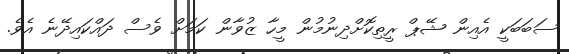
ސަބަބަކީ އެއިން ޝޭޕް ރީތިކޮށްދިނުމުން މީހާ ޒުވާން ކަމަށް ވެސް ދައްކައިދޭނެ އެވެ.